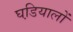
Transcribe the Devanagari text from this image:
घडि़यालों